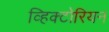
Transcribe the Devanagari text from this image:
व्हिक्टोरियन